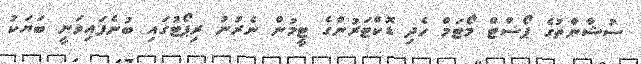
ސުޝާންތުގެ ޕޯސްޓް މޯޓަމް ހެދި ޑޮކްޓަރުންގެ ޓީމުން ނެރުނު ރިޕޯޓުގައި ބުނެފައިވަނީ ބަޔަކު